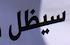
سيظل